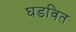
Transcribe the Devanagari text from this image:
घडवित